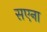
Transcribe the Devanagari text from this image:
सएना